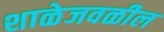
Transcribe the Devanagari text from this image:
शाळेजवळील